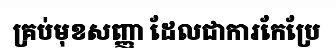
គ្រប់មុខសញ្ញា ដែលជាការកែប្រែ